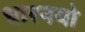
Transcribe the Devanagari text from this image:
धारनयो